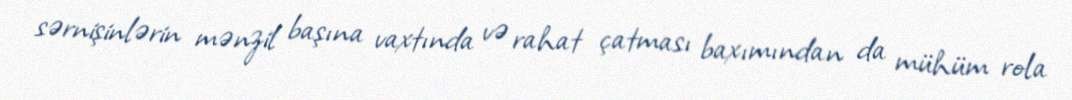
sərnişinlərin mənzil başına vaxtında və rahat çatması baxımından da mühüm rola